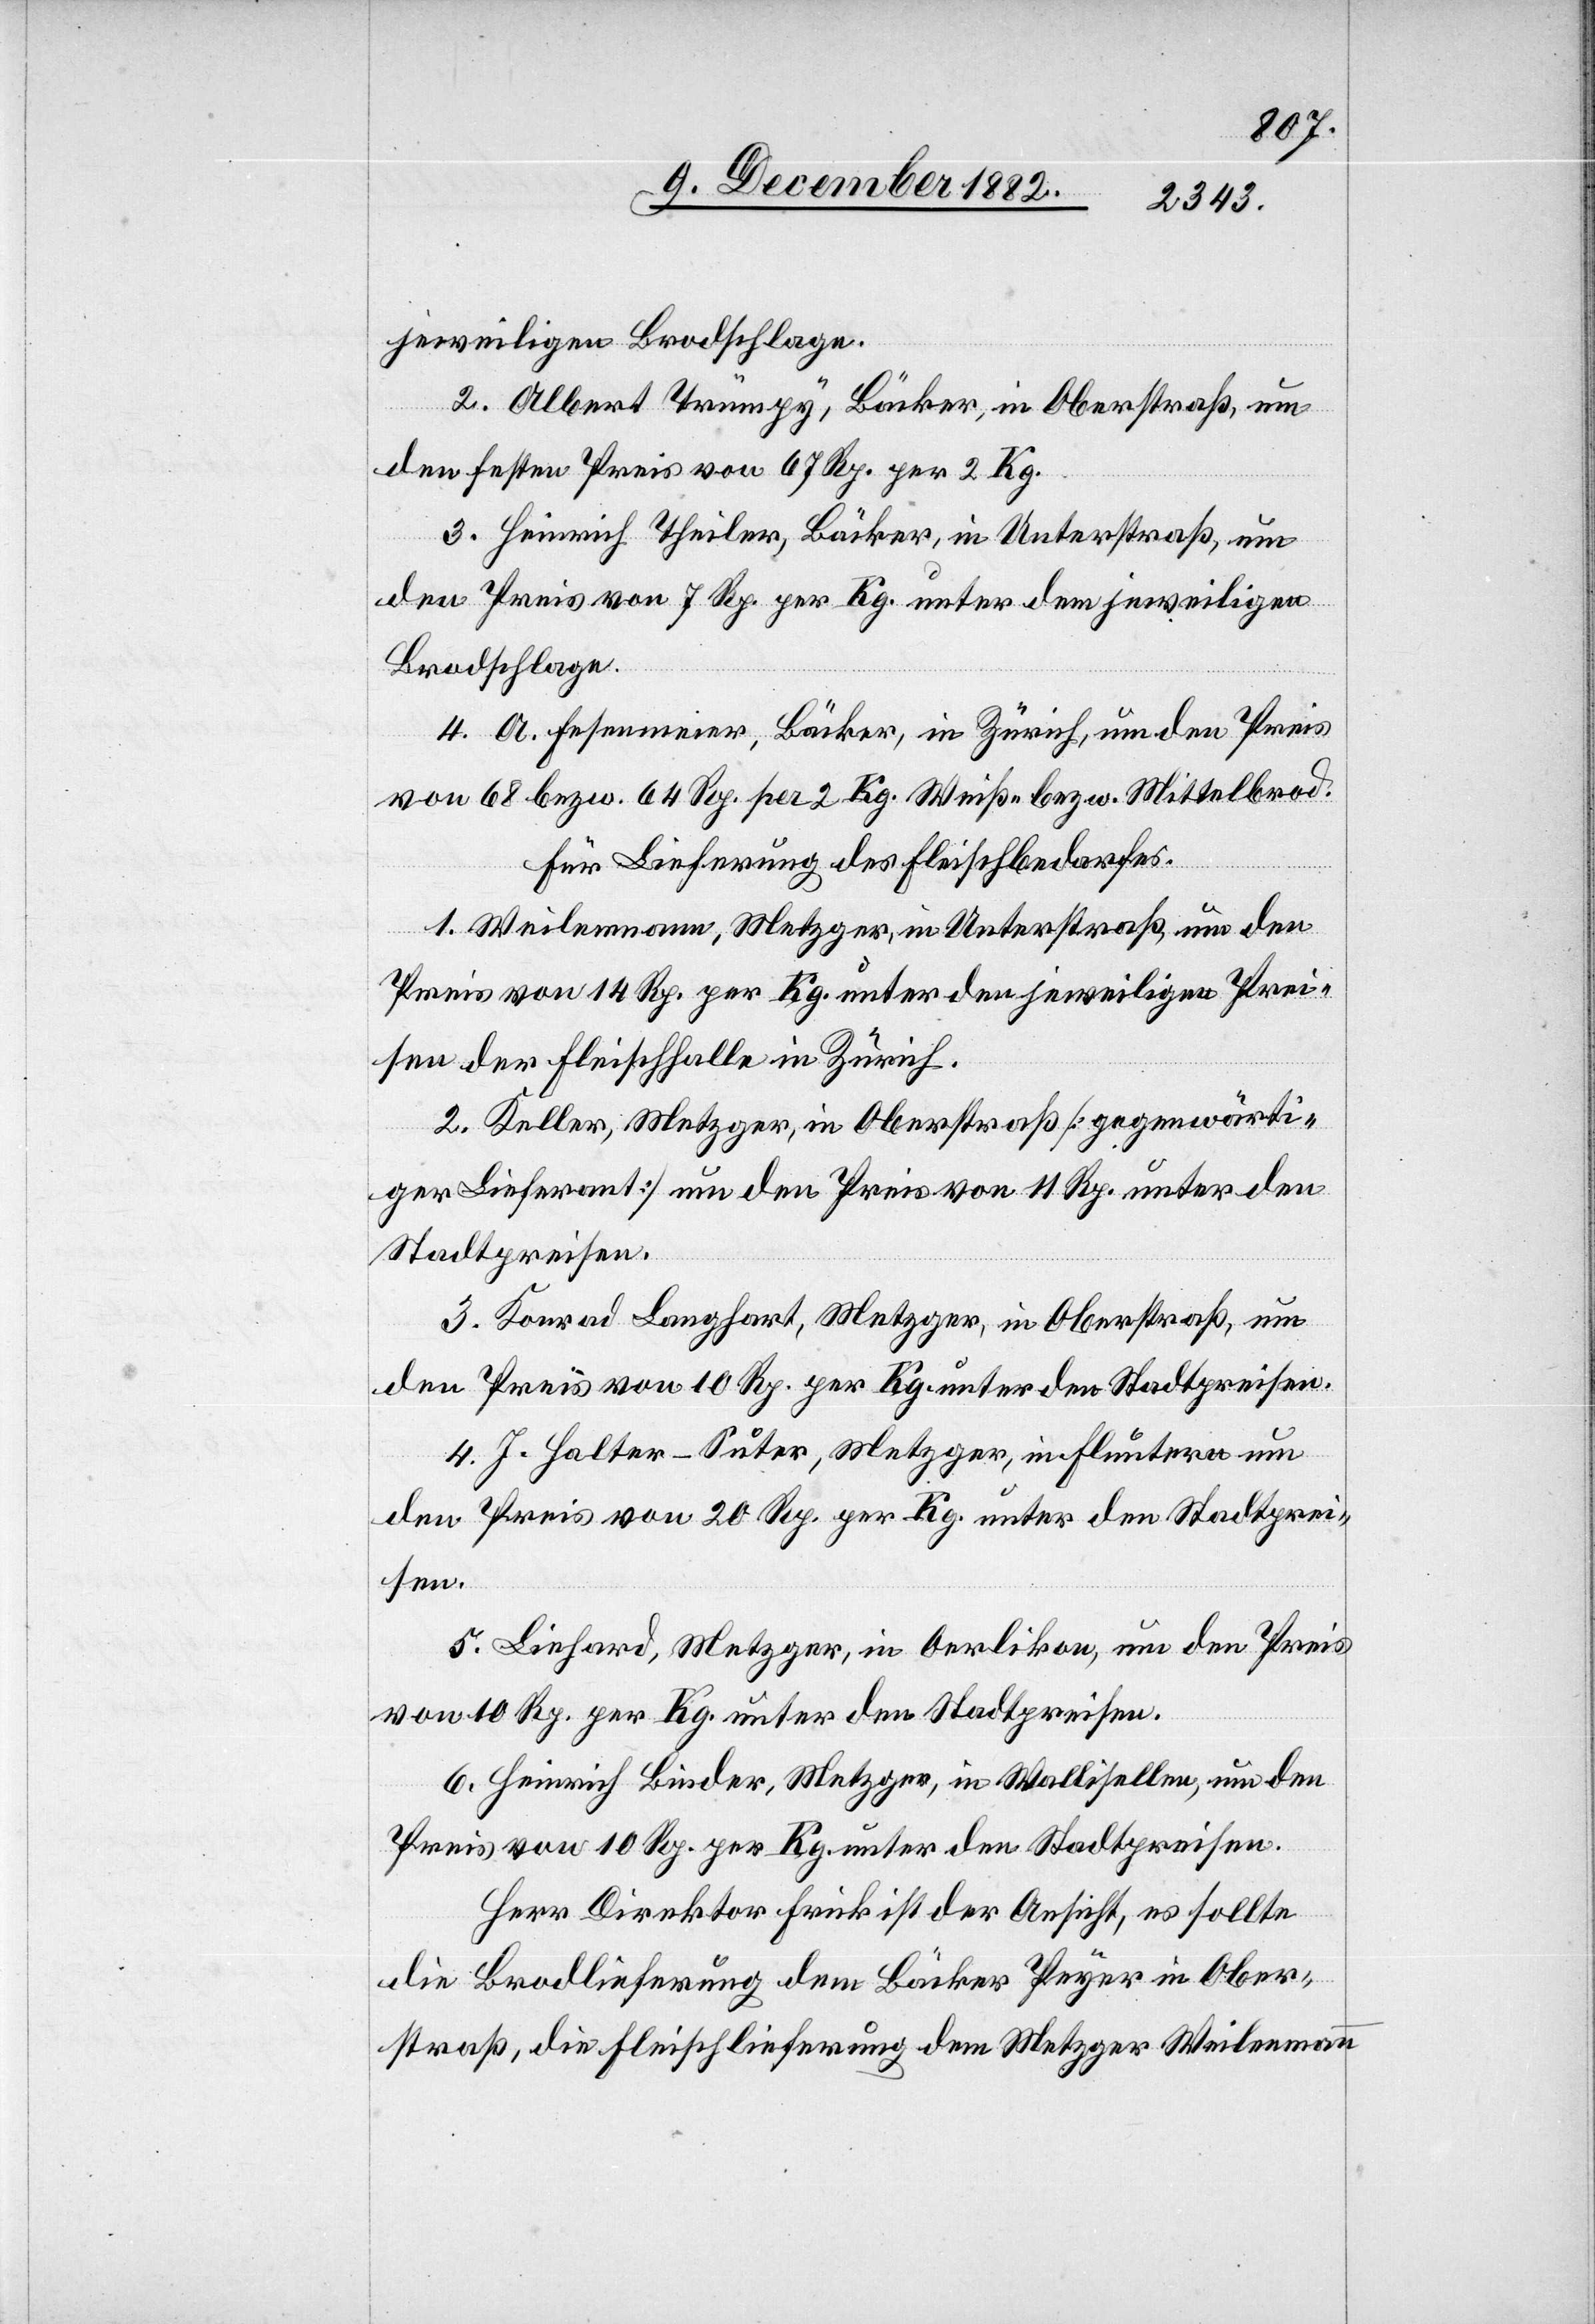
jeweiligen Brodschlage.
2. Albert Trümpy, Bäcker, in Oberstraß, um
den festen Preis von 67 Rp. per 2 Kg.
3. Heinrich Theiler, Bäcker, in Unterstraß, um
den Preis von 7 Rp. per Kg. unter dem jeweiligen
Brodschlage.
4. A. Fesenmeier, Bäcker, in Zürich, um den Preis
von 68 bezw. 64 Rp. per 2 kg. Weiß- bezw. Mittelbrod.
die Lieferung des Fleischbedarfes.
1. Weilenmann, Metzger, in Unterstraß, um den
Preis von 14 Rp. per Kg. unter den jeweiligen Prei¬
sen der Fleischhalle in Zürich.
2. Keller, Metzger, in Oberstraß [gegenwärti¬
ger Lieferant] um den Preis von 11 Rp. unter den
Stadtpreisen.
3. Konrad Langhart, Metzger, in Oberstraß, um
den Preis von 10 Rp. per Kg. unter den Stadtpreisen.
4. J. Halter-Suter, Metzger, in Fluntern um
den Preis von 20 Rp. per Kg. unter den Stadtprei¬
sen.
5. Linhard, Metzger, in Oerlikon, um den Preis
von 10 Rp. per Kg. unter den Stadtpreisen.
6. Heinrich Binder, Metzger, in Wallisellen, um den
Preis von 10 Rp. per Kg. unter den Stadtpreisen.
Herr Direktor Frick ist der Ansicht, es sollte
die Brodlieferung dem Bäcker Peyer in Ober¬
straß, die Fleischlieferung dem Metzger Weilenmann